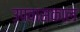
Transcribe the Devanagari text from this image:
उपवासकाल